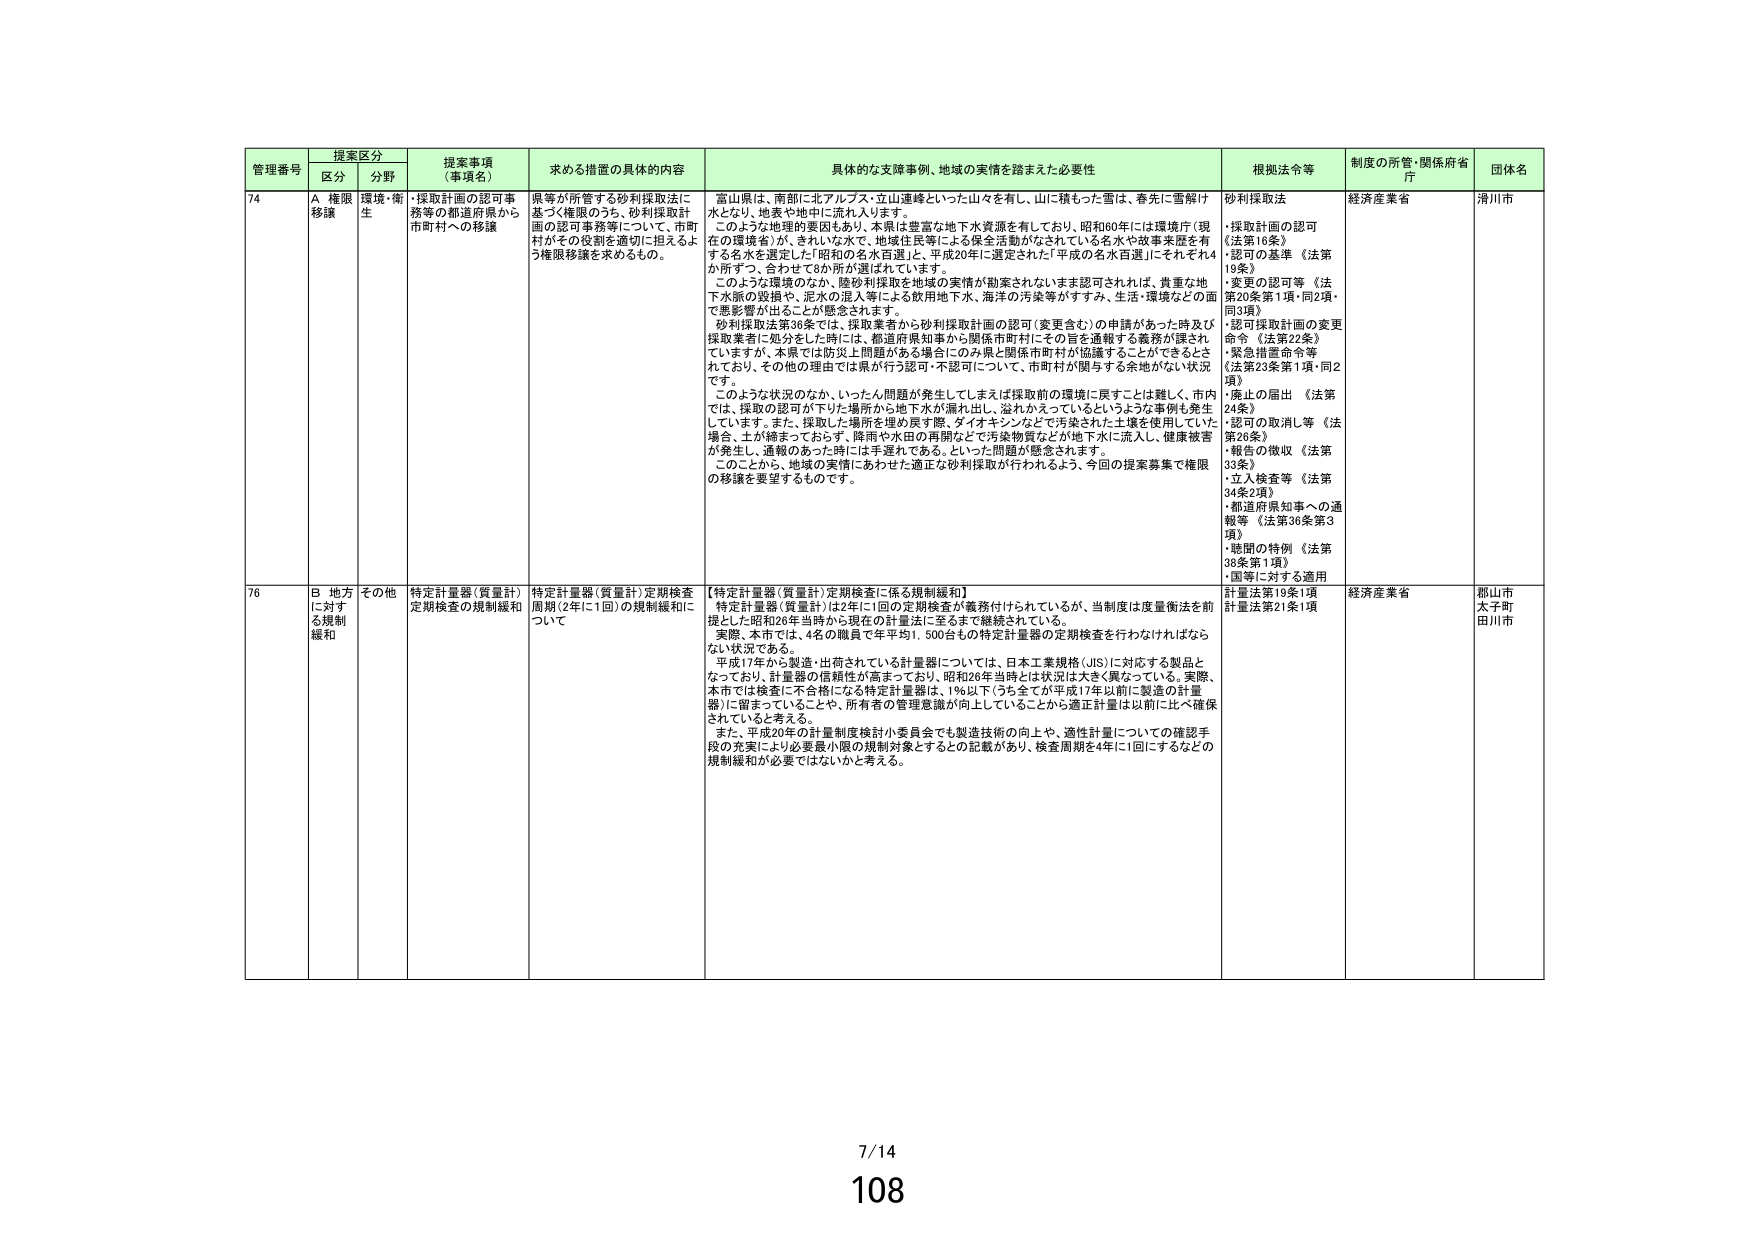
管理番号 提案区分 提案事項（事項名） 求める措置の具体的内容 具体的な支援事例、地域の実情を踏まえた必要性 根拠法令等 制度の所管・関係府省庁 団体名
区分 分野
74 A 権限移譲 環境・衛生 ・採取計画の認可事務等の都道府県から市町村への移譲 県等が所管する砂利採取法に基づく権限のうち、砂利採取計画の認可事務等について、市町村がその役割を適切に担えるよう権限移譲を求めるもの。 富山県は、南部に北アルプス・立山連峰といった山々を有し、山に積もった雪は、春先に雪解け水となり、地表や地中に流れ入ります。このような地理的要因もあり、本県は豊富な地下水資源を有しており、昭和60年には環境庁（現在の環境省）が、きれいな水で、地域住民等による保全活動がなされている名水や故事来歴を有する名水を選定した「昭和の名水百選」と、平成20年に選定された「平成の名水百選」にそれぞれ4か所ずつ、合わせて8か所が選ばれています。このような環境のなか、陸砂利採取を地域の実情が勘案されないまま認可されれば、貴重な地下水脈の毀損や、泥水の混入等による飲用地下水、海洋の汚染等がすすみ、生活・環境などの面で悪影響が出ることが懸念されます。砂利採取法第36条では、採取業者から砂利採取計画の認可（変更含む）の申請があった時及び採取業者に処分をした時には、都道府県知事から関係市町村にその旨を通報する義務が課されていますが、本県では防災上問題がある場合にのみ県と関係市町村が協議することができるとしており、その他の理由では県が行う認可・不認可について、市町村が関与する余地がない状況です。このような状況のなか、いったん問題が発生してしまえば採取前の環境に戻すことは難しく、市内では、採取の認可が下りた場所から地下水が漏れ出し、溢れかえっているというような事例も発生しています。また、採取した場所を埋め戻す際、ダイオキシンなどで汚染された土壌を使用していた場合、土が締まっておらず、降雨や水田の再開などで汚染物質などが地下水に流入し、健康被害が発生し、通報のあった時には手遅れである、といった問題が懸念されます。このことから、地域の実情にあわせた適正な砂利採取が行われるよう、今回の提案募集で権限の移譲を要望するものです。 砂利採取法 ・採取計画の認可（法第16条） ・認可の基準（法第19条） ・変更の認可等（法第20条第1項・同2項・同3項） ・認可採取計画の変更命令（法第22条） ・緊急措置命令等（法第23条第1項・同2項） ・廃止の届出（法第24条） ・認可の取消し等（法第26条） ・報告の徴収（法第33条） ・立入検査等（法第34条2項） ・都道府県知事への通報等（法第36条第3項） ・聴聞の特例（法第38条第1項） ・国等に対する適用 経済産業省 滑川市
76 B 地方に対する規制緩和 その他 特定計量器（質量計）定期検査の規制緩和 特定計量器（質量計）定期検査周期（2年に1回）の規制緩和について 【特定計量器（質量計）定期検査に係る規制緩和】特定計量器（質量計）は2年に1回の定期検査が義務付けられているが、当制度は度量衡法を前提とした昭和26年当時から現在の計量法に至るまで継続されている。実際、本市では、4名の職員で年平均1,500台もの特定計量器の定期検査を行わなければならない状況である。平成17年から製造・出荷されている計量器については、日本工業規格（JIS）に対応する製品となっており、計量器の信頼性が高まっており、昭和26年当時とは状況は大きく異なっている。実際、本市では検査に不合格になる特定計量器は、1％以下（うち全てが平成17年以前に製造の計量器）に留まっていることや、所有者の管理意識が向上していることから適正計量は以前に比べ確保されていると考える。また、平成20年の計量制度検討小委員会でも製造技術の向上や、適性計量についての確認手段の充実により必要最小限の規制対象とするとの記載があり、検査周期を4年に1回にするなどの規制緩和が必要ではないかと考える。 計量法第19条1項 計量法第21条1項 経済産業省 郡山市 太子町 田川市
7/14
108